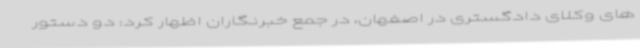
های وکلای دادگستری در اصفهان، در جمع خبرنگاران اظهار کرد: دو دستور